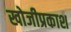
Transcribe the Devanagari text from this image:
खोजीप्रकाश